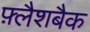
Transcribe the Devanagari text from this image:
फ़्लैशबैक